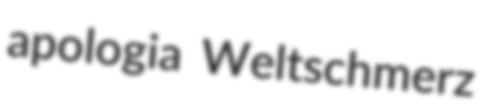
apologia Weltschmerz